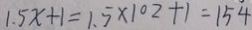
1 . 5 x + 1 = 1 . 5 \times 1 0 2 + 1 = 1 5 4